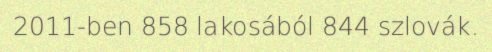
2011-ben 858 lakosából 844 szlovák.